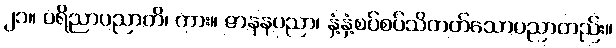
၂၁။ ပရိညာပညာတိ၊ ကား။ ဇာနနပညာ၊ နှံ့နှံ့စပ်စပ်သိတတ်သောပညာတည်း။